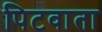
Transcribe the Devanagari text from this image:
पिटवाता